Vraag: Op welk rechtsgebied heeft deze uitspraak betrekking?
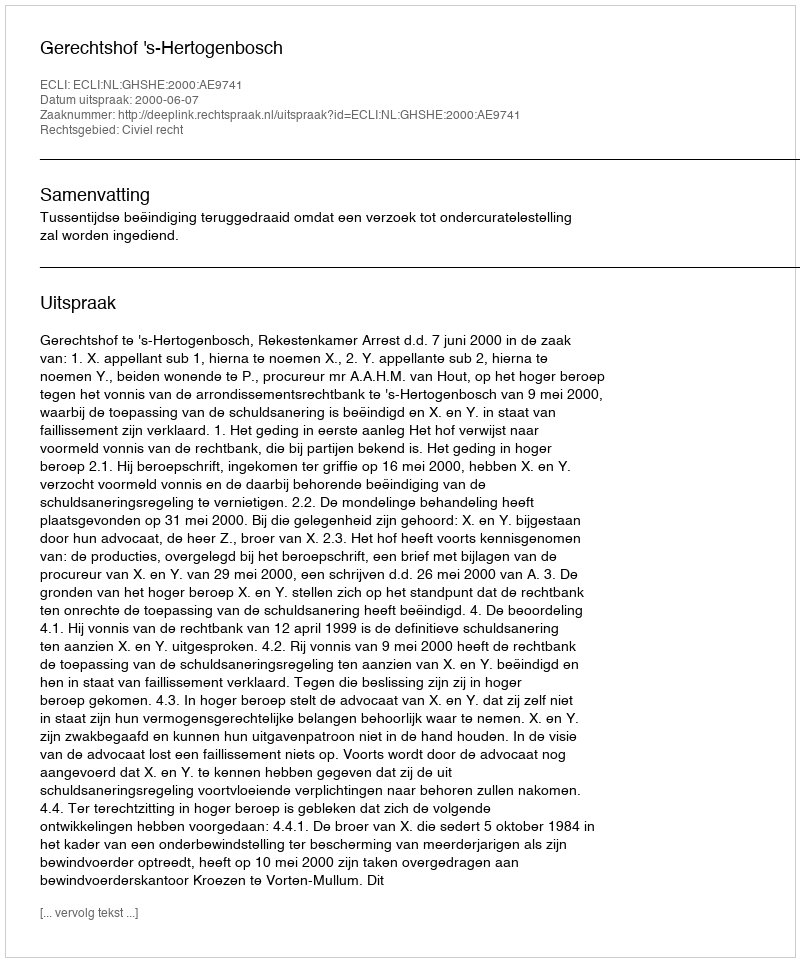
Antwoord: Civiel recht